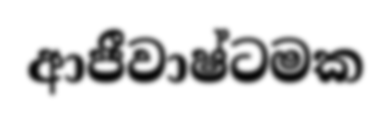
ආජීවාෂ්ටමක